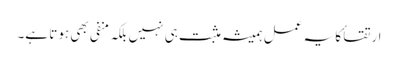
ارتقا ٔکا یہ عمل ہمیشہ مثبت ہی نہیں بلکہ منفی بھی ہوتا ہے۔